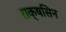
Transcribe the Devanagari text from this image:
राक्षसिन